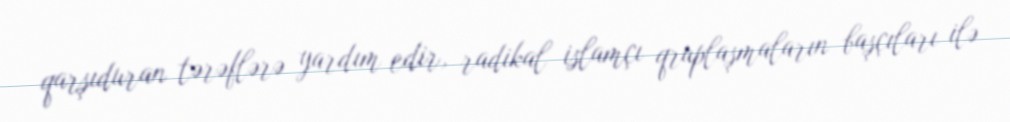
qarşıduran tərəflərə yardım edir, radikal islamçı qruplaşmaların başçıları ilə